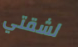
لشقتي